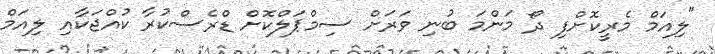
"ލިއަމް މެރީކޮށްފި ދޯ މަންމަ ބުނި ވަރަށް ސިމްޕަލްކޮށް ޑްރެސްކުރާ ކުއްޖަކާއި ލިއަމް